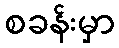
စခန်းမှာ